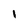
Character: 1